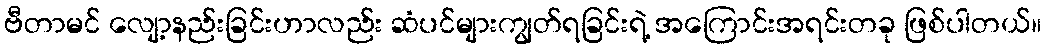
ဗီတာမင် လျော့နည်းခြင်းဟာလည်း ဆံပင်များကျွတ်ရခြင်းရဲ့ အကြောင်းအရင်းတခု ဖြစ်ပါတယ်။